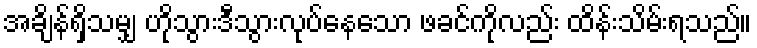
အချိန်ရှိသမျှ ဟိုသွားဒီသွားလုပ်နေသော ဖခင်ကိုလည်း ထိန်းသိမ်းရသည်။